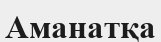
Аманатқа